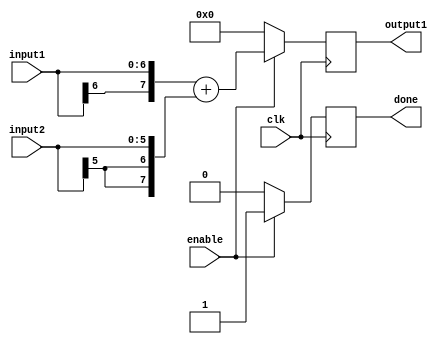
/*
	Description: Addition stage 4 of Convolution with Laplacian filter
*/

`timescale 1ns / 1ps

module adderStage4(
    	input [6:0] input1,
    	input [5:0] input2,
    	output reg [7:0] output1,
    	input clk,
	input enable,
	output reg done
    );

	always @ (posedge clk) begin
		if(enable) begin
			output1 <= {input1[6], input1} + {{2{input2[5]}}, input2};	
			done <= 1'b1;
		end
		else begin
			output1 <= 0;	
			done <= 1'b0;
		end
	end

endmodule